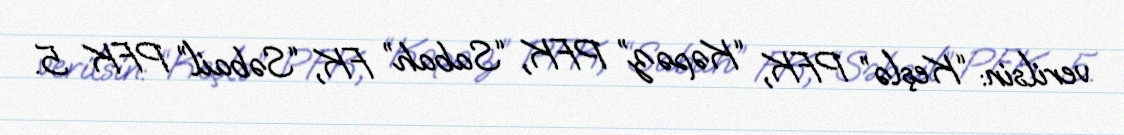
verilsin: “Keşlə” PFK, “Kəpəz” PFK, “Sabah” FK, “Səbail” PFK 5.